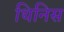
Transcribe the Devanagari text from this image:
थिनिस